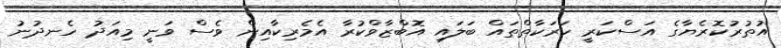
އުތުރުކޮރެޔާގެ އަސްކަރީ ހަރަކާތްތައް ބަލައި އޮބްޒާވްކުރާ އެމެރިކާއިން ވެސް ވަނީ މިއަދު ހެނދުނު